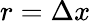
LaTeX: r=\Delta x